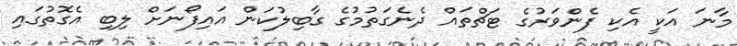
މާނަ އަކީ އެކި ފެންވަރުގެ ޓަޗްތައް ދެނެގަތުމުގެ ގާބިލުކަން އައިފޯނަށް ލިބި އެގޮތުގައި